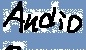
Text: Audio